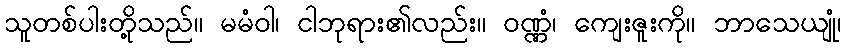
သူတစ်ပါးတို့သည်။ မမံဝါ၊ ငါဘုရား၏လည်း။ ဝဏ္ဏံ၊ ကျေးဇူးကို။ ဘာသေယျုံ၊